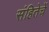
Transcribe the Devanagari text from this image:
संहितेचें